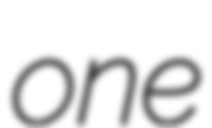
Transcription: one